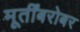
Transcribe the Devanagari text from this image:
मूर्तींबरोबर